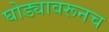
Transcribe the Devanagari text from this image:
घोड्यावरूनच